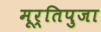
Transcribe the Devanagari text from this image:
मूर्तिपुजा